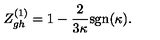
Z _ { g h } ^ { ( 1 ) } = 1 - \frac { 2 } { 3 \kappa } \mathrm { s g n } ( \kappa ) .